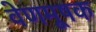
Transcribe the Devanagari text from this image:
वेणमूषक